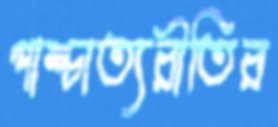
পাশ্চাত্যরীতির